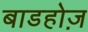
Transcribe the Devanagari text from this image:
बाडहोज़